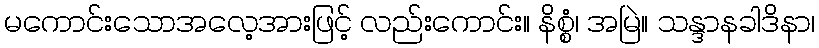
မကောင်းသောအလေ့အားဖြင့် လည်းကောင်း။ နိစ္စံ၊ အမြဲ။ သန္ဒာနခါဒိနာ၊